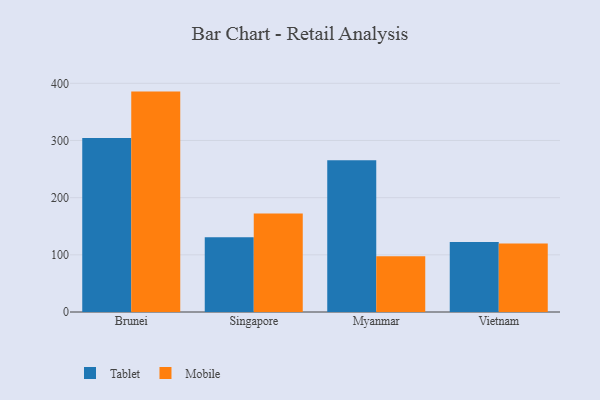
{"axis": {"x": "Country", "y": "Website Visitors"}, "legend": ["Mobile", "Tablet"], "data": [{"x": "Brunei", "y": 304.3, "type": "Tablet"}, {"x": "Brunei", "y": 385.5, "type": "Mobile"}, {"x": "Singapore", "y": 130.7, "type": "Tablet"}, {"x": "Singapore", "y": 172.1, "type": "Mobile"}, {"x": "Myanmar", "y": 265.6, "type": "Tablet"}, {"x": "Myanmar", "y": 97.4, "type": "Mobile"}, {"x": "Vietnam", "y": 122.5, "type": "Tablet"}, {"x": "Vietnam", "y": 119.7, "type": "Mobile"}]}